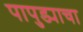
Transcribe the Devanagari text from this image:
पापुड्याचा